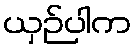
ယှဉ်ပါက